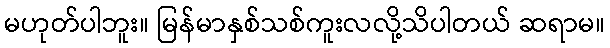
မဟုတ်ပါဘူး။ မြန်မာနှစ်သစ်ကူးလလို့သိပါတယ် ဆရာမ။